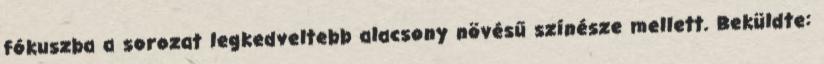
fókuszba a sorozat legkedveltebb alacsony növésű színésze mellett. Beküldte: